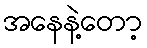
အနေနဲ့တော့